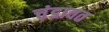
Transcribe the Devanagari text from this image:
चंडावत